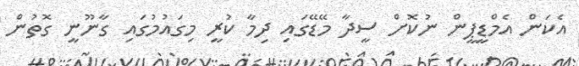
އެކަން އެމްޑީޕީން ނުކޮށް ސީދާ މޭޑޭގައި ދިމާ ކުރީ މިގައުމުގައި ގާނޫނީ ގޮތުން